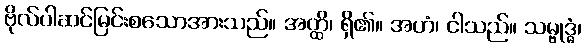
ဗိုလ်ပါဆင်မြင်းစသောအားသည်။ အတ္ထိ၊ ရှိ၏။ အဟံ၊ ငါသည်။ သမ္ဗုဒ္ဓံ၊